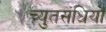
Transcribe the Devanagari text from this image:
च्युतसंधियों